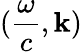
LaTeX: ({\frac{\omega}{c}},\mathbf{k})